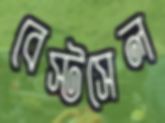
বেস্টসেল